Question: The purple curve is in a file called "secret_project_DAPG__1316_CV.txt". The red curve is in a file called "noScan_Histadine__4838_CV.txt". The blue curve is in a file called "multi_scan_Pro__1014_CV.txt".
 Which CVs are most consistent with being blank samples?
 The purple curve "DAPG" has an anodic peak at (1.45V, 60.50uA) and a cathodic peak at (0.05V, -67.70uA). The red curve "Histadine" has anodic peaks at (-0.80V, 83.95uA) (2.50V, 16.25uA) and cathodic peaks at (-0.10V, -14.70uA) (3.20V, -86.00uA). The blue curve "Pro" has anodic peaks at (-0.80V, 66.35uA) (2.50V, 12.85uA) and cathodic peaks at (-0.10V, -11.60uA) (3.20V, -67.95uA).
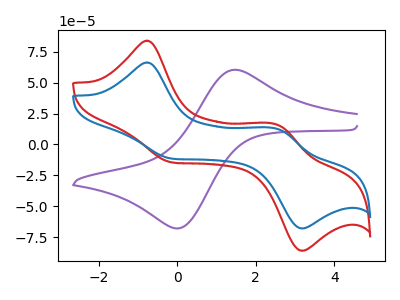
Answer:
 <answer>There are not any CV's on this graph that are likely to be blanks.</answer>
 <eval>none</eval>